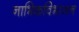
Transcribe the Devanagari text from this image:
नाभिकविभाजन